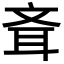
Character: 斊